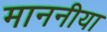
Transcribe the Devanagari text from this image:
माननीया